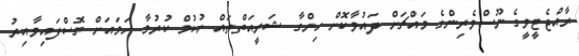
ރާއްޖެޓީވީގެ ނޫސްވެރިންގެ މައްޗަށް ދައުވާކޮށް ހިންގާ ޝަރީއަތްތައް ހުކުމް ކުރުމާ ހަމައަށް ގޮސްފައިވާއިރު